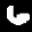
Label: 6